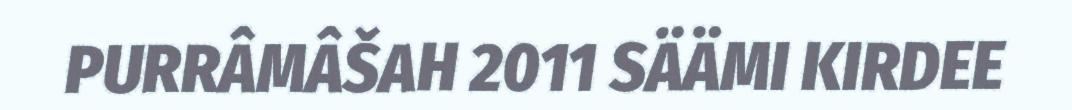
PURRÂMÂŠAH 2011 SÄÄMI KIRDEE